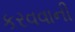
કરવવાની